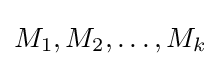
M_{1},M_{2},\dots ,M_{k}